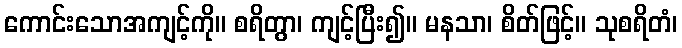
ကောင်းသောအကျင့်ကို။ စရိတွာ၊ ကျင့်ပြီး၍။ မနသာ၊ စိတ်ဖြင့်။ သုစရိတံ၊